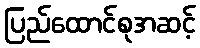
ပြည်ထောင်စုအဆင့်